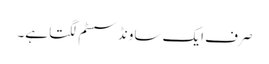
صرف ایک ساونڈ سسٹم لگتا ہے۔